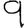
Digit: 9